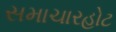
સમાચારહોટ